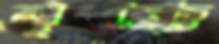
বৃক্কে